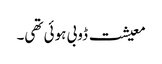
معیشت ڈوبی ہوئی تھی۔